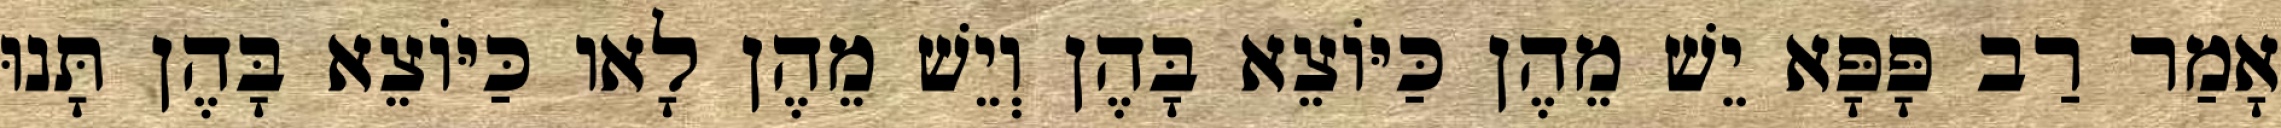
אָמַר רַב פָּפָּא יֵשׁ מֵהֶן כַּיּוֹצֵא בָּהֶן וְיֵשׁ מֵהֶן לָאו כַּיּוֹצֵא בָּהֶן תָּנוּ